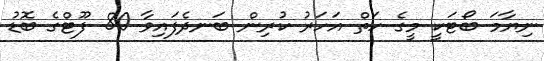
ނިޔާމަ ބޯޓަކީ މީގެ ހަތް އަހަރު ކުރިން ބަނދެފައިވާ 80 ފޫޓްގެ ބޮޑު